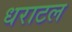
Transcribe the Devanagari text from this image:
धराटल